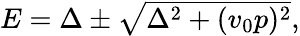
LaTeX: \begin{array}{r}{E=\Delta\pm\sqrt{\Delta^{2}+(v_{0}p)^{2}},}\end{array}